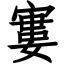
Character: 寠